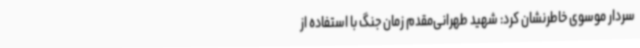
سردار موسوی خاطرنشان کرد: شهید طهرانی‌مقدم زمان جنگ با استفاده از